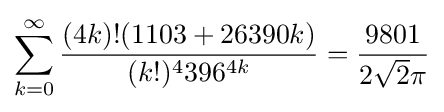
\sum _{k=0}^{\infty }{\frac {(4k)!(1103+26390k)}{(k!)^{4}396^{4k}}}={\frac {9801}{2{\sqrt {2}}\pi }}